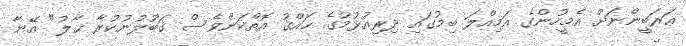
ޢަރަބީންނަށް އެމީހުންގެ އަމިއްލަ ބިމުގައި ދިރިއުޅުމުގެ ޙައްޤު އޮތްކަންވެސް ޤަބޫލުނުކުރާ ޙާލު" އޭނާ